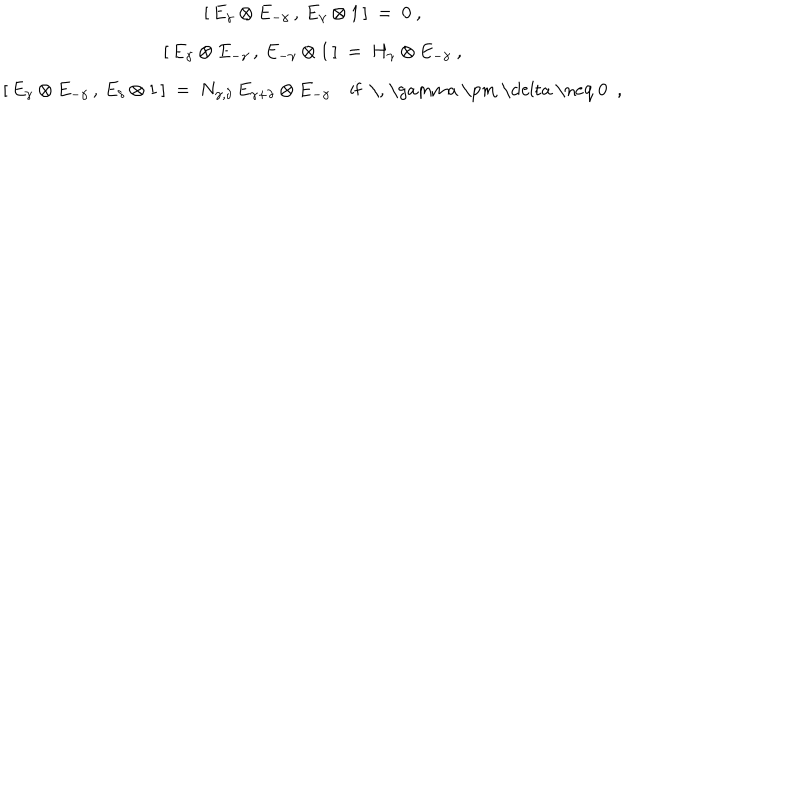
\begin{array} { c } { { [ \, E _ { \gamma } \otimes E _ { - \gamma } \, , \, E _ { \gamma } \otimes 1 \, ] ~ = ~ 0 ~ , } } \\ { { [ \, E _ { \gamma } \otimes E _ { - \gamma } \, , \, E _ { - \gamma } \otimes 1 \, ] ~ = ~ H _ { \gamma } \otimes E _ { - \gamma } ~ , } } \\ { { [ \, E _ { \gamma } \otimes E _ { - \gamma } \, , \, E _ { \delta } \otimes 1 \, ] ~ = ~ N _ { \gamma , \delta } \, E _ { \gamma + \delta } \otimes E _ { - \gamma } \quad \mathrm { i f ~ \, ~ \ g a m m a ~ \pm ~ \ d e l t a ~ \neq ~ 0 ~ } ~ , } } \\ \end{array}